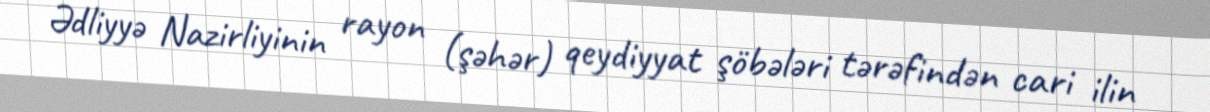
Ədliyyə Nazirliyinin rayon (şəhər) qeydiyyat şöbələri tərəfindən cari ilin